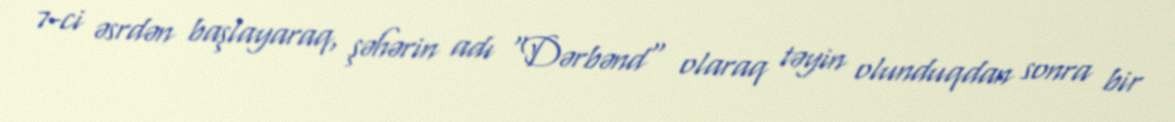
7-ci əsrdən başlayaraq, şəhərin adı "Dərbənd" olaraq təyin olunduqdan sonra bir